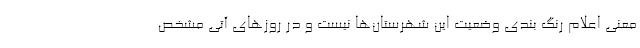
معنی اعلام رنگ بندی وضعیت این شهرستان‌ها نیست و در روزهای آتی مشخص